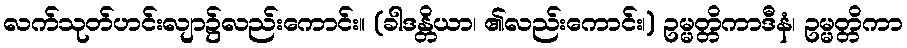
လက်သုတ်ဟင်းလျာ၌လည်းကောင်း။ (ခါဒန္တိယာ၊ ၏လည်းကောင်း၊) ဥမ္မတ္တိကာဒီနံ၊ ဥမ္မတ္တိကာ